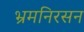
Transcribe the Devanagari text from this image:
भ्रमनिरसन